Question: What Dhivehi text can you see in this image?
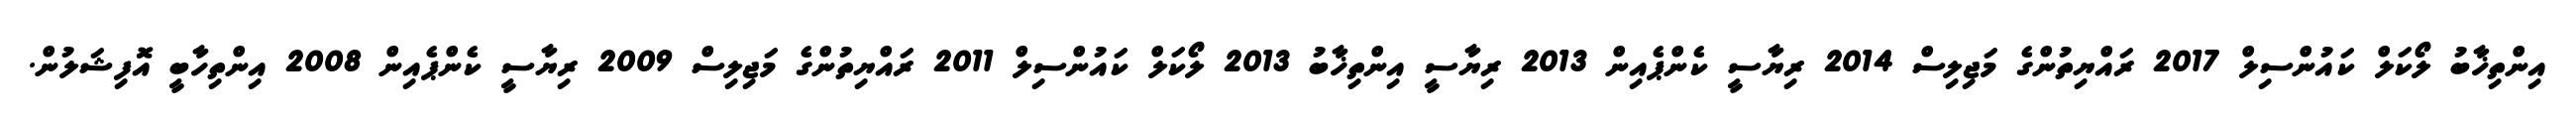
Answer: އިންތިޚާބު ލޯކަލް ކައުންސިލް 2017 ރައްޔިތުންގެ މަޖިލިސް 2014 ރިޔާސީ ކެންޕެއިން 2013 ރިޔާސީ އިންތިޚާބު 2013 ލޯކަލް ކައުންސިލް 2011 ރައްޔިތުންގެ މަޖިލިސް 2009 ރިޔާސީ ކެންޕެއިން 2008 އިންތިހާބީ އޮފިޝަލުން.